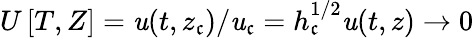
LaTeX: U\left[T,Z\right]=\mathit{u}(t,z_{\mathfrak{c}})/\mathit{u}_{\mathfrak{c}}=h_{\mathfrak{c}}^{1/2}\mathit{u}(t,z)\to0